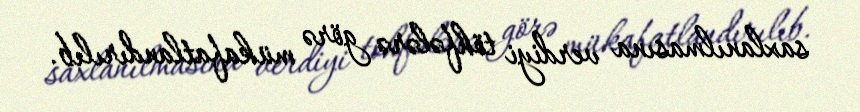
saxlanılmasına verdiyi töhfələrə görə mükafatlandırılıb.